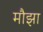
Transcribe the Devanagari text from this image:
मौझा